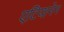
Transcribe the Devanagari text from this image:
एटियानेन